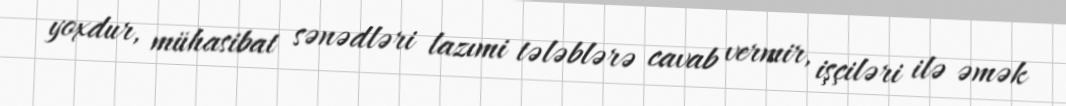
yoxdur, mühasibat sənədləri lazımi tələblərə cavab vermir, işçiləri ilə əmək